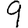
Digit: 9